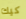
كيك